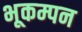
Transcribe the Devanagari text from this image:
भूकम्पन